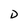
Character: D